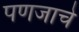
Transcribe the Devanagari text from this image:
पणजाचे